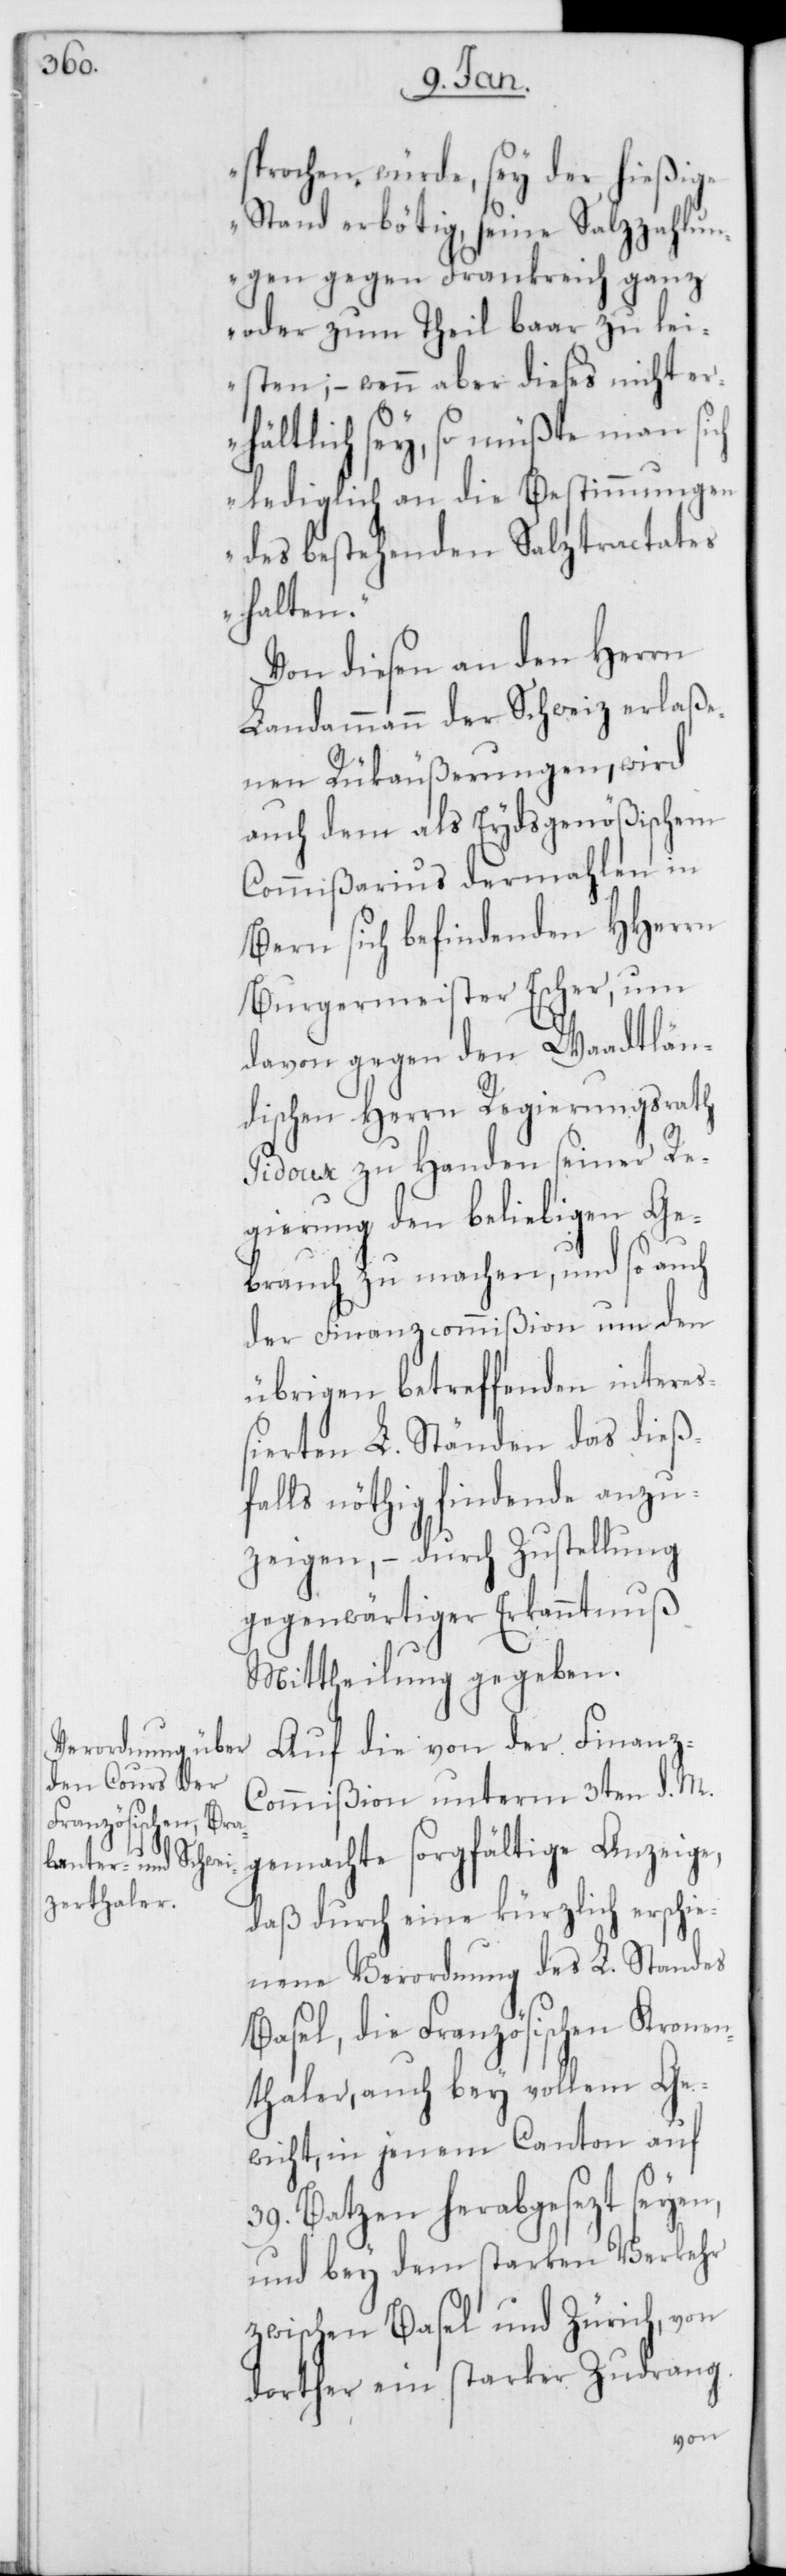
sprochen würde, sey der hießige
Stand erbötig, seine Salzzahlun¬
gen gegen Frankreich ganz
oder zum Theil baar zu lei¬
sten; – wenn aber dieses nicht er¬
hältlich sey, so müßte man sich
lediglich an die Bestimmungen
des bestehenden Salztractates
halten.“
Von diesen an den Herrn
Landammann der Schweiz erlaße¬
nen Rükäußerungen, wird
auch dem als Eydsgenößischem
Commißarius dermahlen in
Bern sich befindenden HHerrn
Burgermeister Escher, um
davon gegen den Waadtlän¬
dischen Herrn Regierungsrath
Pidoux zu Handen seiner Re¬
gierung den beliebigen Ge¬
brauch zu machen, und so auch
der Finanzcommißion um den
übrigen betreffenden intere¬
ßierten L. Ständen das dieß¬
falls nöthig findende anzu¬
zeigen, – durch Zustellung
gegenwärtiger Erkanntnuß
Mittheilung gegeben.
Auf die von der Finanz-C¬
ommißion unterm 3ten d. M.
gemachte sorgfältige Anzeige,
daß durch eine kürzlich erschie¬
nene Verordnung des L. Standes
Basel, die Französischen Kronen¬
thaler, auch bey vollem Ge¬
wicht, in jenem Canton auf
39. Batzen herabgesezt seyen,
und bey dem starken Verkehr
zwischen Basel und Zürich, von
dorther ein starker Zudrang